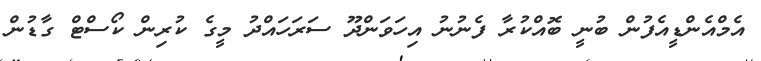
އެމްއެންޑީއެފުން ބުނީ ބޮއްކުރާ ފެނުނު އިހަވަންދޫ ސަރަހައްދު މީގެ ކުރިން ކޯސްޓް ގާޑުން